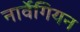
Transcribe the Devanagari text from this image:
नार्वेगियन